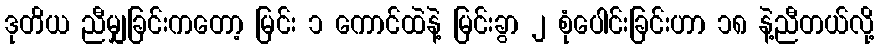
ဒုတိယ ညီမျှခြင်းကတော့ မြင်း ၁ ကောင်ထဲနဲ့ မြင်းခွာ ၂ စုံပေါင်းခြင်းဟာ ၁၈ နဲ့ညီတယ်လို့